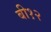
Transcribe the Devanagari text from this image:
बी१२